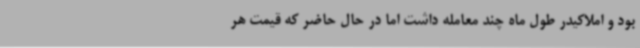
بود و املاکیدر طول ماه چند معامله داشت اما در حال حاضر که قیمت هر